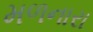
મળનારા